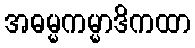
အဓမ္မကမ္မာဒိကထာ